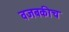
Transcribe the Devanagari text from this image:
वजबकीच